Report of the Indian Hemp Drugs Commission, 1894-1895 - Volume III
Year: 1894
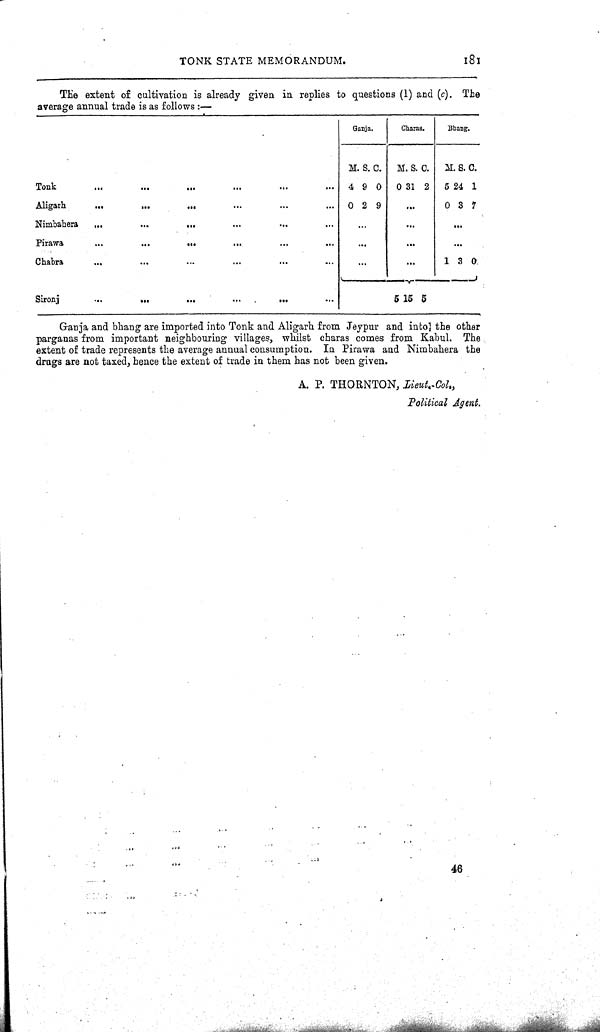
TONK STATE MEMORANDUM.
181
The extent of cultivation is already given in replies to questions (1) and (c). The
average annual trade is as follows:-
Ganja.
Charas.
Bhang.
M. S. C. M. S. C. M. S. C.
Tonk
4 9 0 0 31 2 5 24 1
Aligarh.
0 2 9
0 3 7
Nimbahera
Pirawa
Chabra
1 30
Sironj
5
15
5
Ganja and bhang are imported into Tonk and Aligarh from Jeypur and into the other
parganas from important neighbouring villages, whilst charas comes from Kabul. The
extent of trade represents the average annual consumption. In Pirawa and Nimbahera the
drugs are not taxed, hence the extent of trade in them has not been given.
A. P. THORNTON, Lieut.-Col.,
Political Agent.